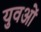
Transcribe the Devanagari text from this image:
युवओं